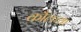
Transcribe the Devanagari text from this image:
कौलच्या